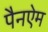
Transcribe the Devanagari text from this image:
पैनऐम